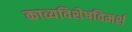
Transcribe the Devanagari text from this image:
काव्यविशेषविमर्श